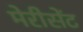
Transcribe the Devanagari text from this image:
मेरीसेंट